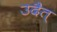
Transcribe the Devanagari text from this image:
उदैत्